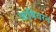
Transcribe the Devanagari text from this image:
ऋषिवरन